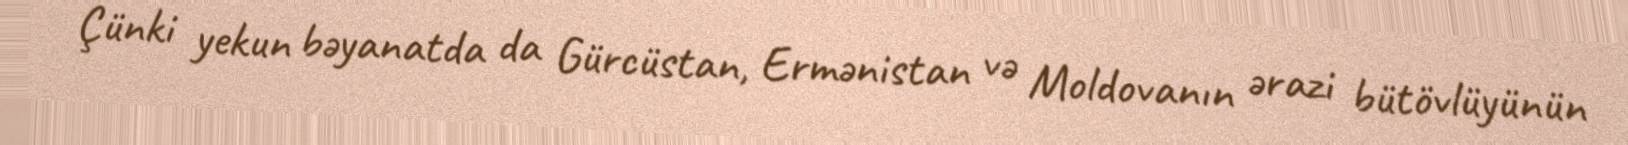
Çünki yekun bəyanatda da Gürcüstan, Ermənistan və Moldovanın ərazi bütövlüyünün